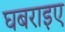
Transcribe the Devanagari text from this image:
घबराइए